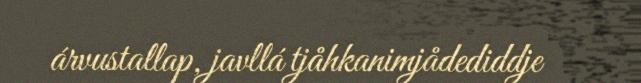
árvustallap, javllá tjåhkanimjådediddje